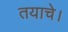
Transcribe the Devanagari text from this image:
तयाचे।